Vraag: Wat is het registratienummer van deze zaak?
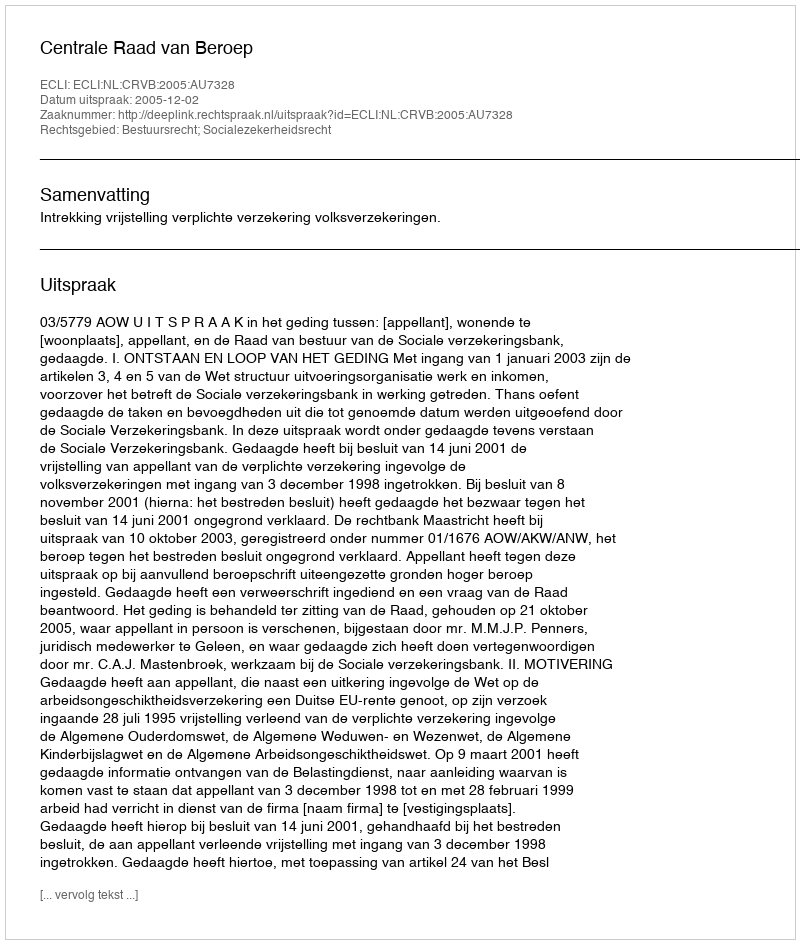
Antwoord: http://deeplink.rechtspraak.nl/uitspraak?id=ECLI:NL:CRVB:2005:AU7328